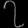
Digit: ၇